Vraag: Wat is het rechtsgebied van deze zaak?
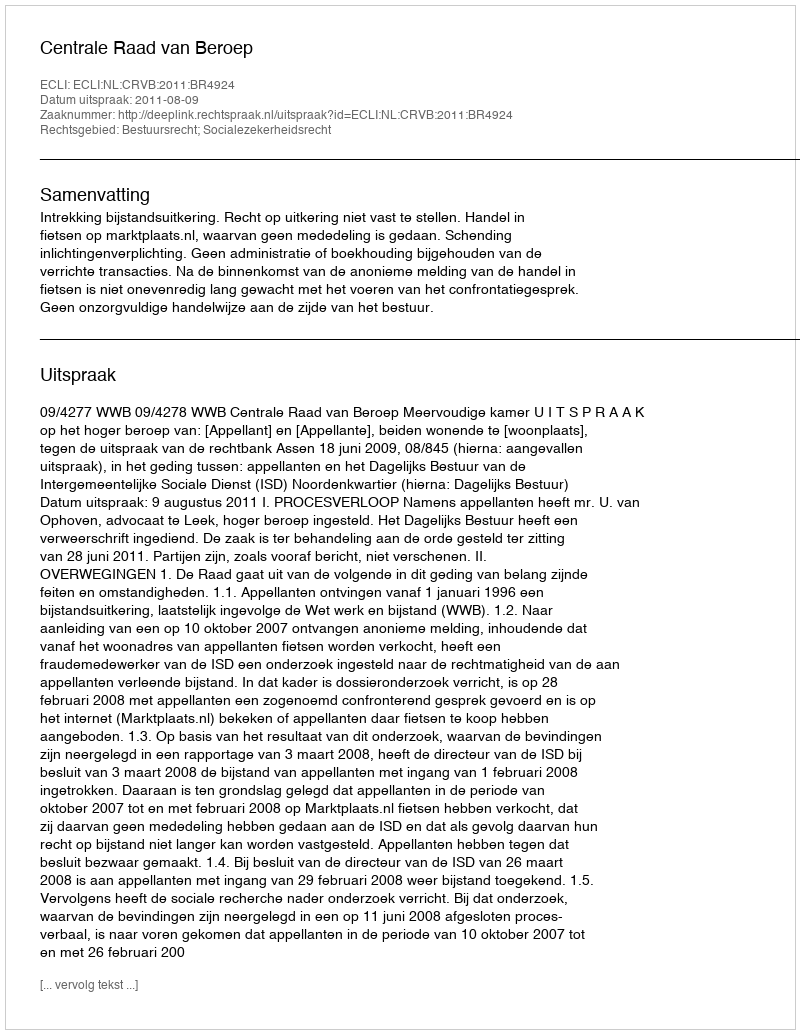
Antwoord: Bestuursrecht; Socialezekerheidsrecht